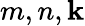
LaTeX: m,n,\mathbf{k}